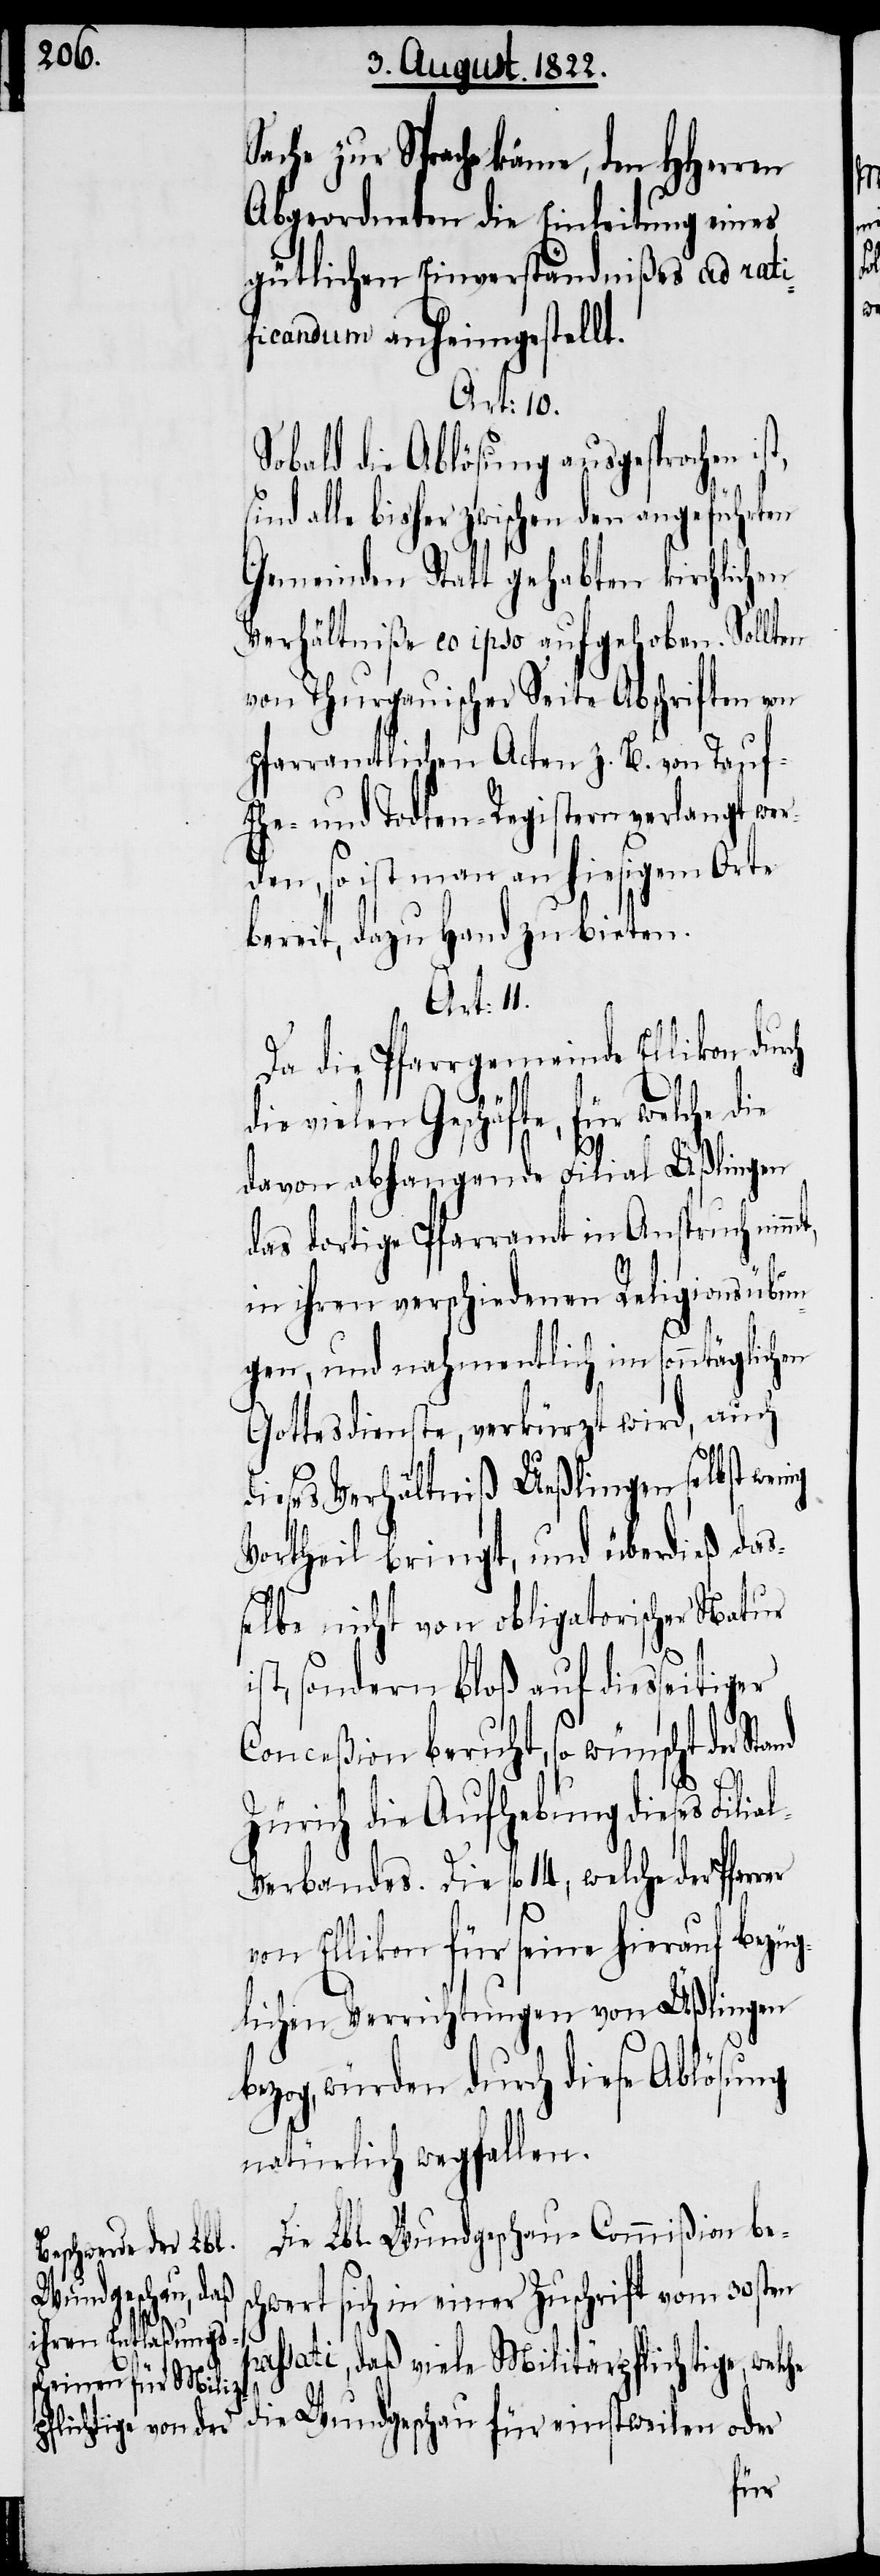
Sprache käme, den HHerren
Abgeordneten die Einleitung eines
gütlichen Einverständnißes ad rati¬
ficandum anheimgestellt.
Art: 10.
Sobald die Ablösung ausgesprochen i¬
alle bisher zwischen den angeführten
Gemeinden Statt gehabten kirchlichen
Verhältniße eo ipso aufgehoben. Sollten
von Thurgauischer Seite Abschriften von
pfarramtlichen Acten z. B. von Tauf-,
Ehe- und Todten-Registern verlangt wer¬
den, so ist man an hiesigem Orte
bereit, dazu Hand zu bieten.
Art. 11.
Da die Pfarrgemeinde Ellikon dur¬
ch
die vielen Geschäfte, für welche die
davon abhangende Filial Ueßlingen
das dortige Pfarramt in Anspruch nim¬
in ihren verschiedenen Religionsübun¬
gen, und nahmentlich im sonntäglichen
Gottesdienste, verkürzt wird, auch
dieses Verhältniß Ueßlingen selbst wen¬
Vortheil bringt, und überdieß das¬
selbe nicht von obligatorischer Natur
ist, sondern bloß auf diesseitiger
die
Conceßion beruht, so wünscht der
Zürich die Aufhebung dieses Filia¬
l-Verbandes. Die fl. 14., welche der Pfar¬
he
von Ellikon für seine hierauf bezüg¬
lichen Verrichtungen von Üßlingen
bezog, würden durch diese Ablösung
natürlich wegfallen.
Die Lbl. Wundgeschau-Commißion bes¬
chwert sich in einer Zuschrift vom 30sten
passati, daß viele Militärpflichtige, welc¬
für